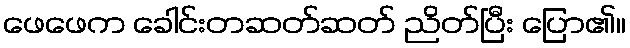
ဖေဖေက ခေါင်းတဆတ်ဆတ် ညိတ်ပြီး ပြော၏။